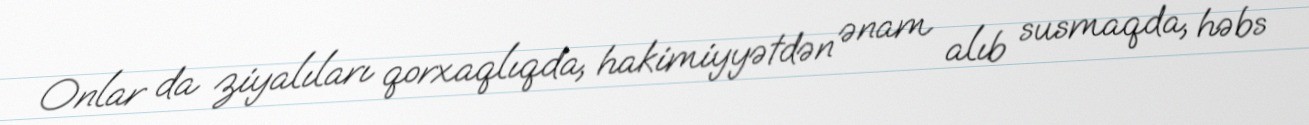
Onlar da ziyalıları qorxaqlıqda, hakimiyyətdən ənam alıb susmaqda, həbs